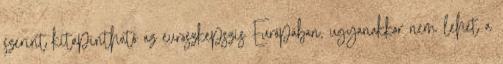
szerint kitapintható az euroszkepszis Európában, ugyanakkor nem lehet a